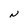
Character: N